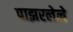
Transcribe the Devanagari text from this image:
पाझरलेले